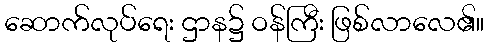
ဆောက်လုပ်ရေး ဌာန၌ ဝန်ကြီး ဖြစ်လာလေ၏။